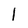
Character: l